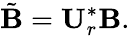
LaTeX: \tilde{\mathbf{B}}=\mathbf{U}_{r}^{*}\mathbf{B}.